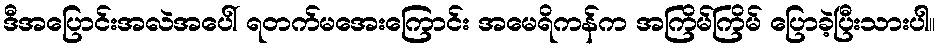
ဒီအပြောင်းအလဲအပေါ် ရတက်မအေးကြောင်း အမေရိကန်က အကြိမ်ကြိမ် ပြောခဲ့ပြီးသားပါ။